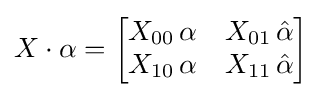
X\cdot \alpha ={\begin{bmatrix}X_{00}\,\alpha &X_{01}\,{\hat {\alpha }}\\X_{10}\,\alpha &X_{11}\,{\hat {\alpha }}\end{bmatrix}}